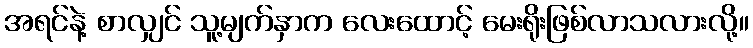
အရင်နဲ့ စာလျှင် သူ့မျက်နှာက လေးထောင့် မေးရိုးဖြစ်လာသလားလို့။